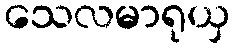
သေလမာရုယှ